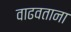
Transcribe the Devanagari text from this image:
वाढवताना